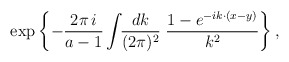
\begin{align*}\exp\left\{-\frac{2\pi\,i}{a-1}\int\!\!\frac{dk}{(2\pi)^2}\;\frac{1-e^{-ik{\cdotp}(x-y)}}{k^2}\right\},\end{align*}